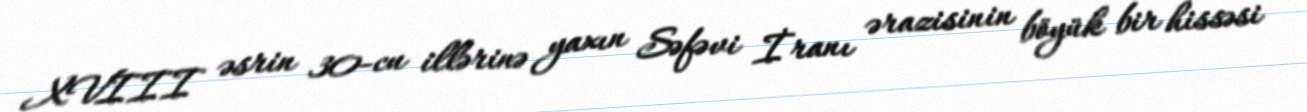
XVIII əsrin 30-cu illərinə yaxın Səfəvi İranı ərazisinin böyük bir hissəsi